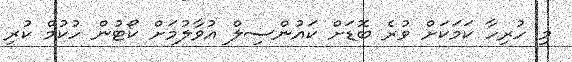
މި ހުރިހާ ކަމަކަށް ވުރެ ބޮޑަށް ކައުންސިލް އުވާލުމަށް ކޯޓުން ހުކުމް ކުރި